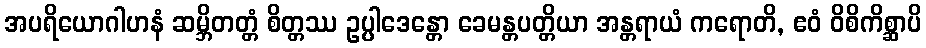
အပရိယောဂါဟနံ ဆမ္ဘိတတ္တံ စိတ္တဿ ဥပ္ပါဒေန္တော ခေမန္တပတ္တိယာ အန္တရာယံ ကရောတိ, ဧဝံ ဝိစိကိစ္ဆာပိ